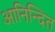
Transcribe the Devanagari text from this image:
आनिन्दित